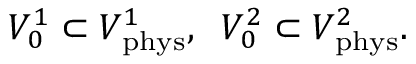
{ \cal V } _ { 0 } ^ { 1 } \subset { \cal V } _ { \mathrm { p h y s } } ^ { 1 } , \; \; { \cal V } _ { 0 } ^ { 2 } \subset { \cal V } _ { \mathrm { p h y s } } ^ { 2 } .